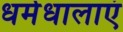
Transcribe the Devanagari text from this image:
धर्मधालाएं